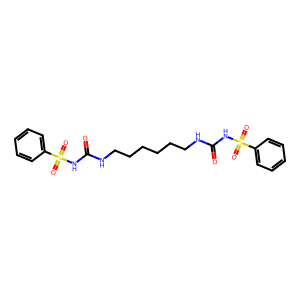
SMILES: O=C(NCCCCCCNC(=O)NS(=O)(=O)c1ccccc1)NS(=O)(=O)c1ccccc1
Inhibits HIV replication: No